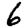
Digit: 6